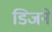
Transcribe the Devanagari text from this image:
डिजने